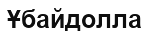
Ұбайдолла